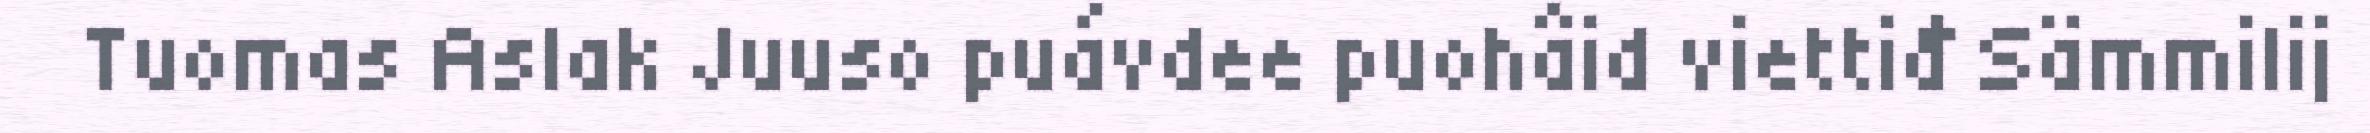
Tuomas Aslak Juuso puávdee puohâid viettiđ Sämmilij